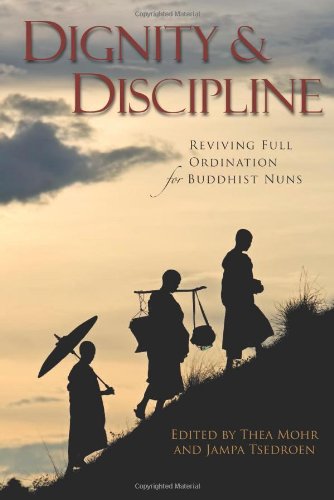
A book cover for Dignity and Discipline: Reviving Full Ordination for Buddhist Nuns; Christian Books & Bibles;